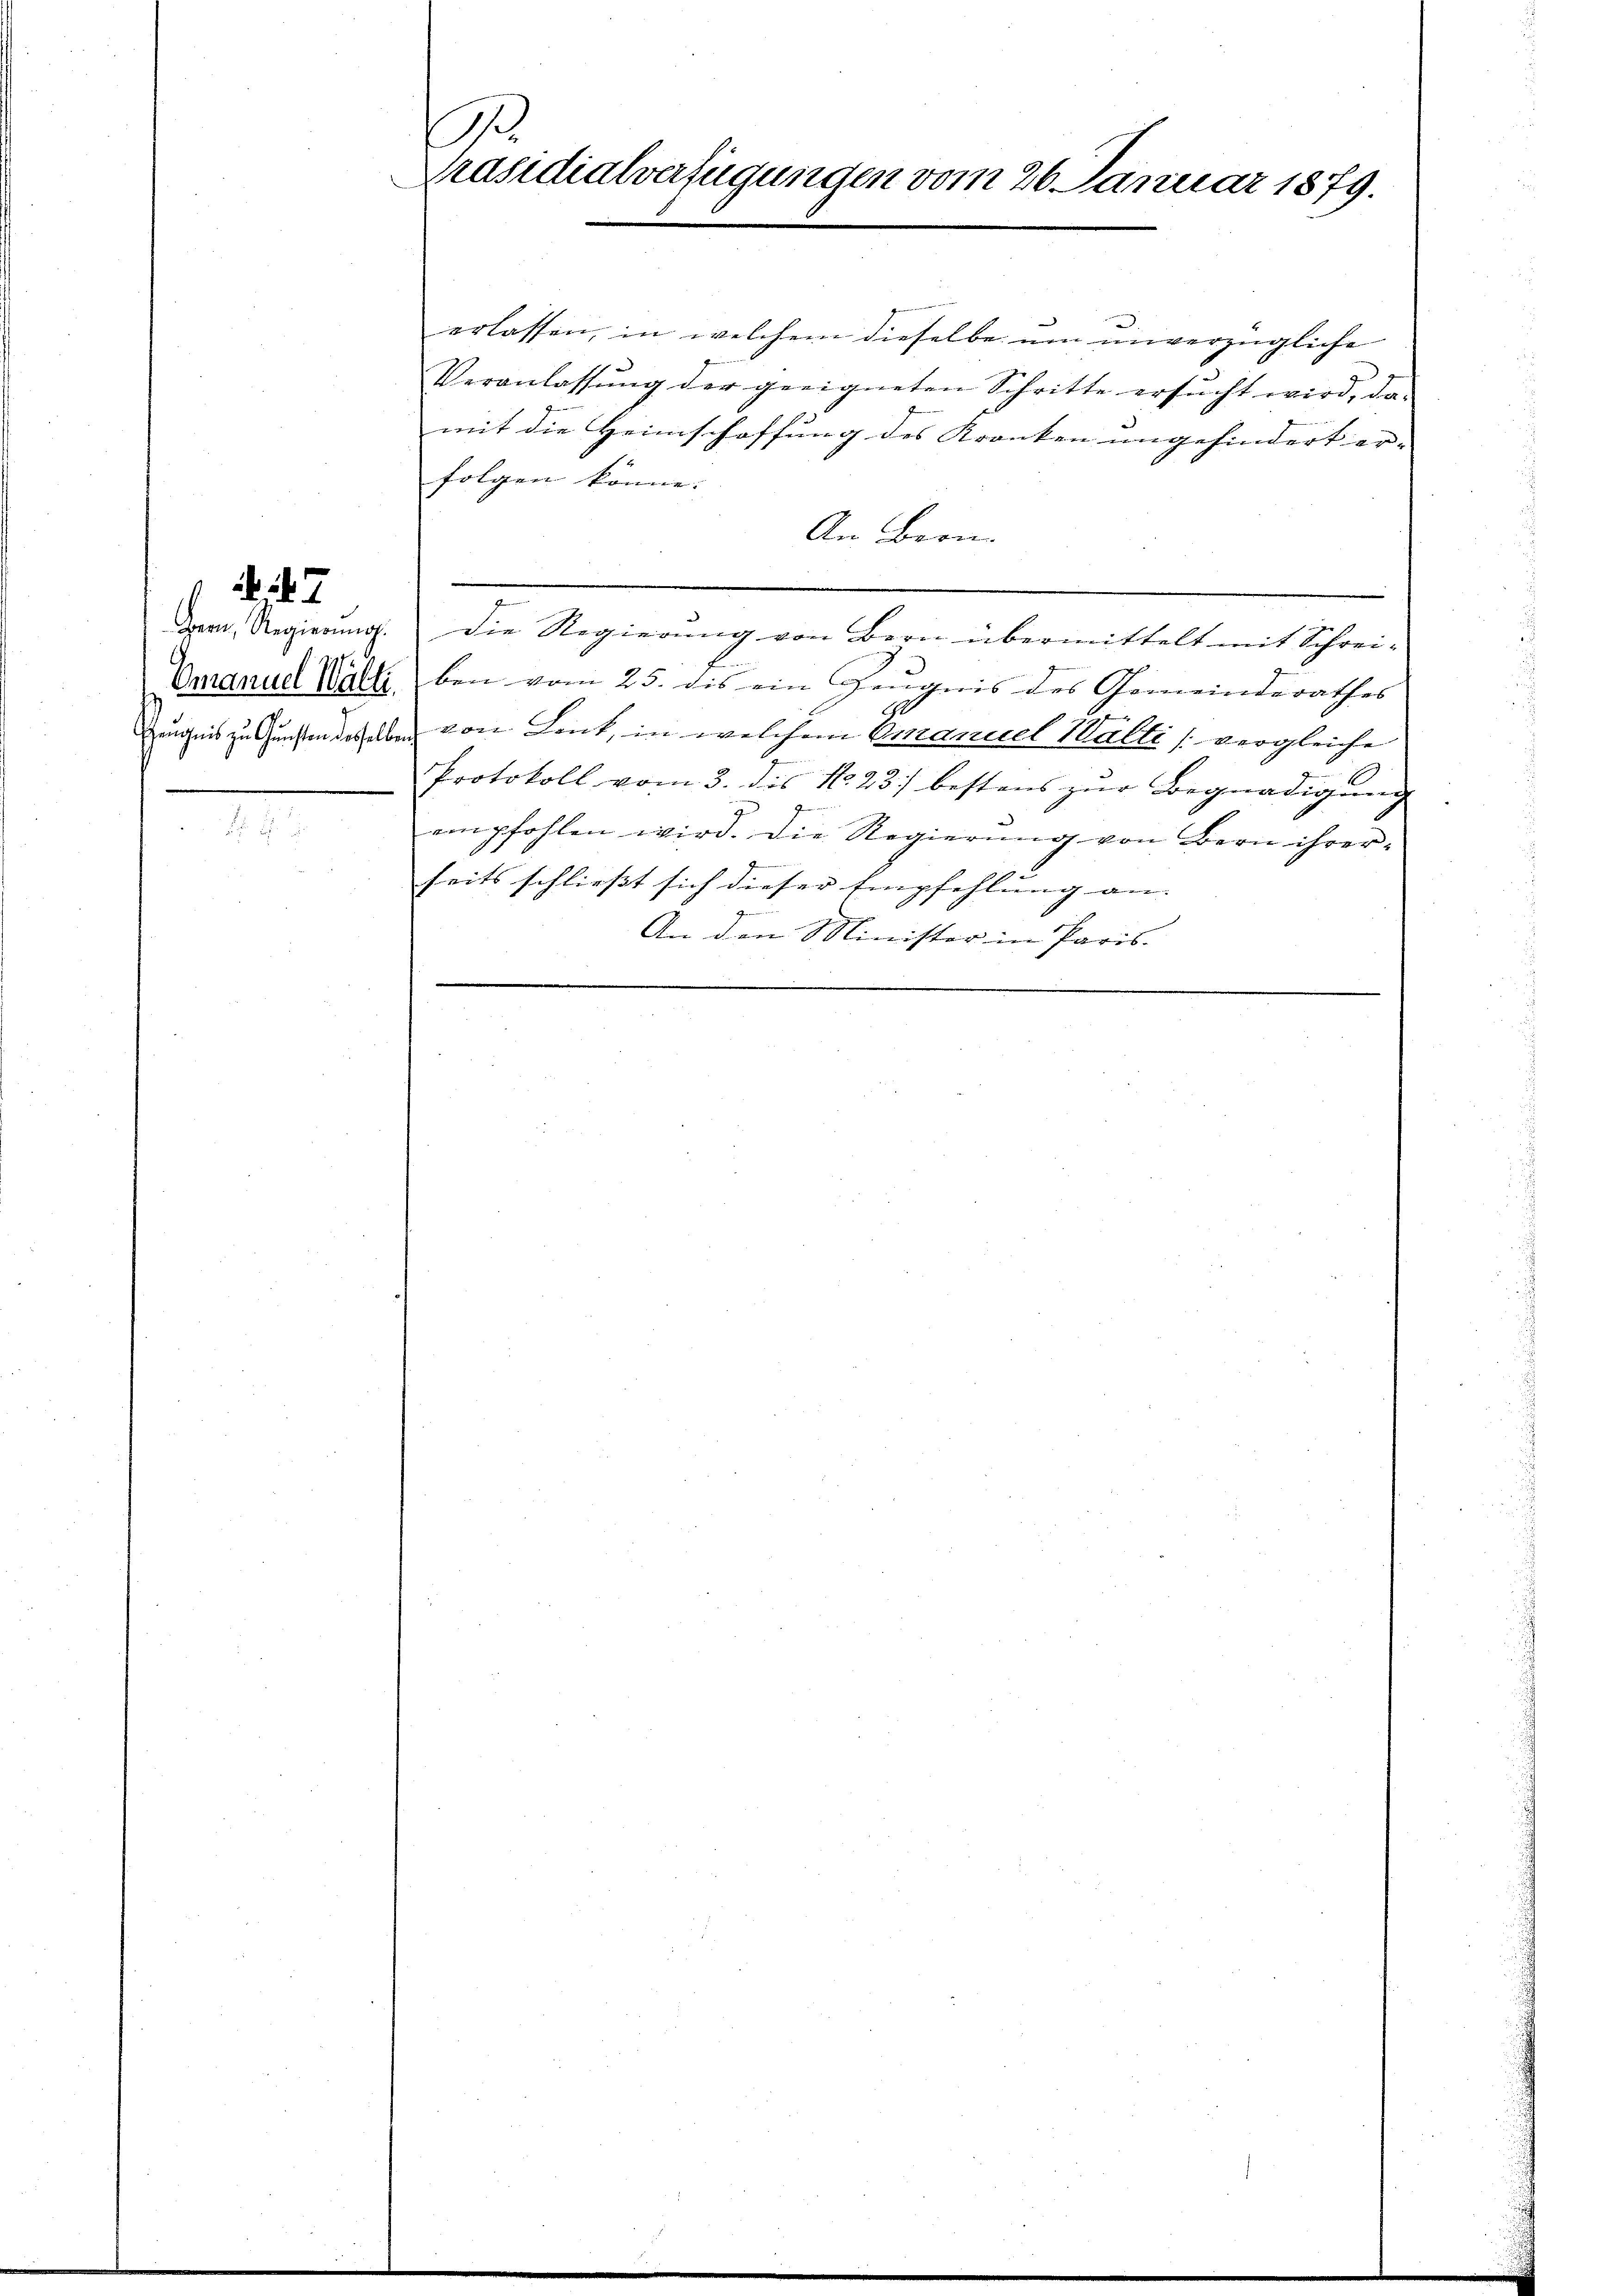
7

1
Präsidialverfügungen vom 26. Januar 1879.

erlassen, in welchem dieselbe um unverzügliche
Veranlassung der geeigneten Schritte ersucht wird, da
mit die Heimschaffung des Kranken ungehindert er- |
folgen könne.
An Bern.

e
.
dem Regierung. Die Regierung von Bern übermittelt mit Schrei-
.
Vmanud Walle bei vom 25. dis ein Zeugnis des Gemeinderathes
Ge
Zeugnis zu Gunsten desselben von Lenk, in welchem Emanuel Wälti (vergleiche
Protokoll vom 3. des No. 23 bestens zur Begnadigung
empfohlen wird. Die Regierung von Bern ihrerseits schließt sich dieser Empfehlung an.
An den Minister in Paris.